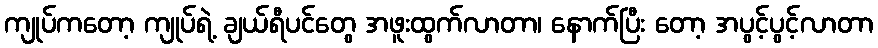
ကျုပ်ကတော့ ကျုပ်ရဲ့ ချယ်ရီပင်တွေ အဖူးထွက်လာတာ၊ နောက်ပြီး တော့ အပွင့်ပွင့်လာတာ